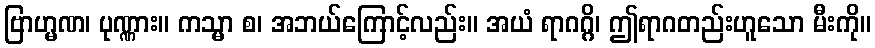
ဗြာဟ္မဏ၊ ပုဏ္ဏား။ ကသ္မာ စ၊ အဘယ်ကြောင့်လည်း။ အယံ ရာဂဂ္ဂိ၊ ဤရာဂတည်းဟူသော မီးကို။